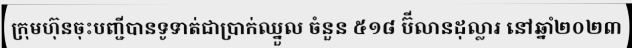
ក្រុមហ៊ុនចុះបញ្ជីបានទូទាត់ជាប្រាក់ឈ្នួល ចំនួន ៥១៨ ប៊ីលានដុល្លារ នៅឆ្នាំ២០២៣